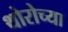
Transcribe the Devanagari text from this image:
थोरोच्या